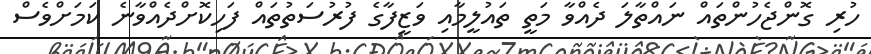
ހުރި ގޮންޖެހުންތައް ނައްތާލަ ދެއްވާ މަތީ ތައުލީމާއި ވަޒީފާގެ ފުރުސަތުތައް ފަހިކޮށްދެއްވާނެ ކަމަށްވެސް